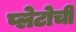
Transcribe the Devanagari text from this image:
प्लेटोची